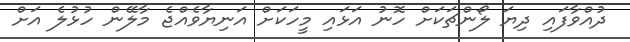
ދުއްވާފައި ދިޔަ ލޯންޗަކަށް ހޮނު އަޅައި މީހަކަށް އަނިޔާވެއްޖެ މާލޭން ހުޅުލެ އަށް